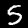
Label: 5